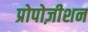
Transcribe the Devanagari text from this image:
प्रोपोज़ीशन